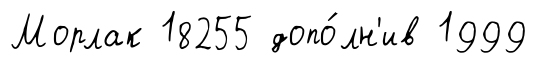
Морлак 18255 допо́лн'ив 1999